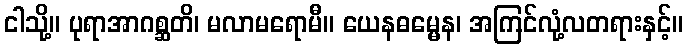
ငါသို့။ ပုရာအာဂစ္ဆတိ၊ မလာမရောမီ။ ယေနဓမ္မေန၊ အကြင်လုံ့လတရားနှင့်။